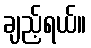
ချည့်ရယ်။